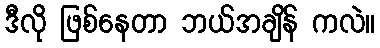
ဒီလို ဖြစ်နေတာ ဘယ်အချိန် ကလဲ။